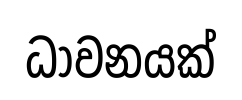
ධාවනයක්